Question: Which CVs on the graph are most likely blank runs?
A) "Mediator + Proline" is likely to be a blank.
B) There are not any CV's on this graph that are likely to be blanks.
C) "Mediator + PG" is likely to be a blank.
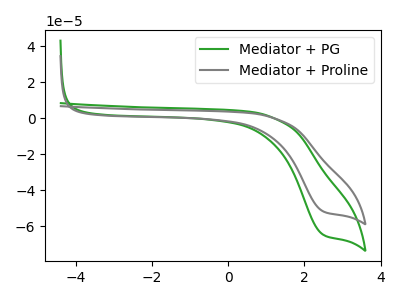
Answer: <think>The green curve "Mediator + PG" has a cathodic peak at: (2.50V, -64.40uA). The gray curve "Mediator + Proline" has a cathodic peak at: (2.50V, -51.50uA).</think>
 <answer>B) There are not any CV's on this graph that are likely to be blanks.</answer>
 <eval>B</eval>